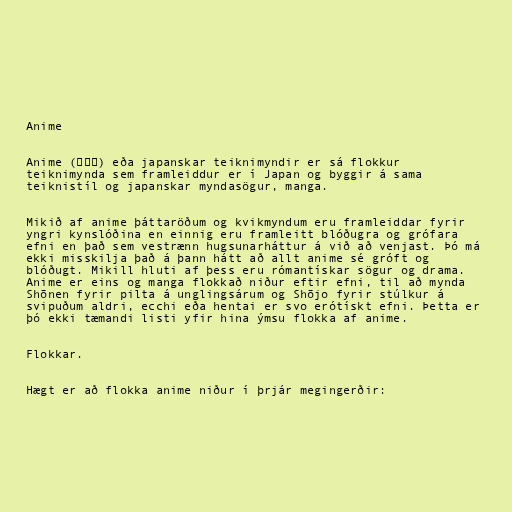
Anime

Anime (アニメ) eða japanskar teiknimyndir er sá flokkur
teiknimynda sem framleiddur er í Japan og byggir á sama
teiknistíl og japanskar myndasögur, manga.

Mikið af anime þáttaröðum og kvikmyndum eru framleiddar fyrir
yngri kynslóðina en einnig eru framleitt blóðugra og grófara
efni en það sem vestrænn hugsunarháttur á við að venjast. Þó má
ekki misskilja það á þann hátt að allt anime sé gróft og
blóðugt. Mikill hluti af þess eru rómantískar sögur og drama.
Anime er eins og manga flokkað niður eftir efni, til að mynda
Shōnen fyrir pilta á unglingsárum og Shōjo fyrir stúlkur á
svipuðum aldri, ecchi eða hentai er svo erótískt efni. Þetta er
þó ekki tæmandi listi yfir hina ýmsu flokka af anime.

Flokkar.

Hægt er að flokka anime niður í þrjár megingerðir: